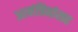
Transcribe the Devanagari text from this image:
आमंत्रितांसह